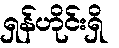
ရှန်ဟိုင်းရှိ